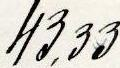
43,33